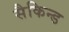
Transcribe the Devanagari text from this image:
सैकिन्ड